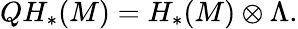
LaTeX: QH_{*}(M)=H_{*}(M)\otimes\Lambda.